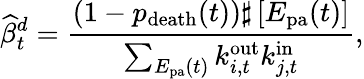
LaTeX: \widehat{\beta}_{t}^{d}=\frac{(1-p_{\mathrm{death}}(t))\sharp\left[{E_{\mathrm{pa}}(t)}\right]}{\sum_{E_{\mathrm{pa}}(t)}k_{i,t}^{\mathrm{out}}k_{j,t}^{\mathrm{in}}},